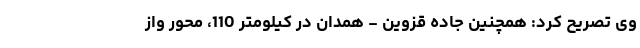
وی تصریح کرد‌: همچنین جاده قزوین - همدان در کیلومتر 110، محور واز